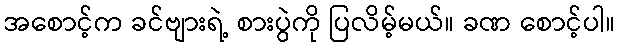
အစောင့်က ခင်ဗျားရဲ့ စားပွဲကို ပြလိမ့်မယ်။ ခဏ စောင့်ပါ။